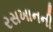
રસખાનની